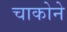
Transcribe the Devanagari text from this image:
चाकोने